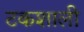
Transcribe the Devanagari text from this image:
टकशाली